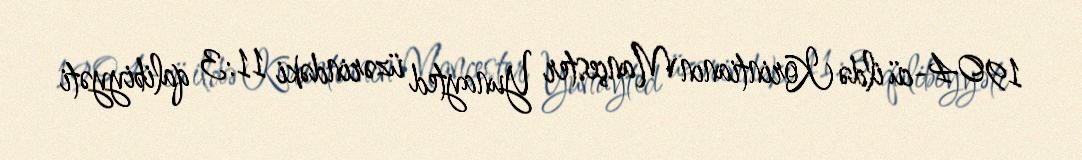
1904-cü ildə Korintianın Mançester Yunayted üzərindəki 11:3 qalibiyyəti